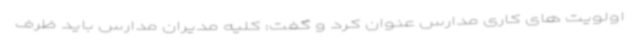
اولویت های کاری مدارس عنوان کرد و گفت: کلیه مدیران مدارس باید ظرف